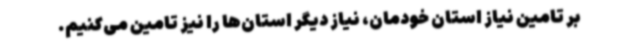
بر تامین نیاز استان خودمان، نیاز دیگر استان‌ها را نیز تامین می‌کنیم.